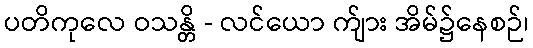
ပတိကုလေ ဝသန္တိ - လင်ယော က်ျား အိမ်၌နေစဉ်၊